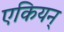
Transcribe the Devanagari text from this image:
एकियन्